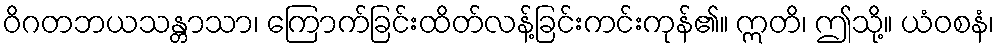
ဝိဂတဘယသန္တာသာ၊ ကြောက်ခြင်းထိတ်လန့်ခြင်းကင်းကုန်၏။ ဣတိ၊ ဤသို့။ ယံဝစနံ၊